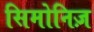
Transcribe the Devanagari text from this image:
सिमोनिज़